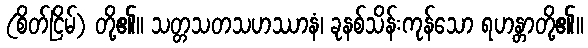
(စိတ်ငြိမ်) တို့၏။ သတ္တသတသဟဿာနံ၊ ခုနစ်သိန်းကုန်သော ရဟန္တာတို့၏။